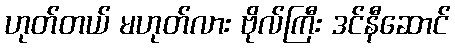
ဟုတ်တယ် မဟုတ်လား ဗိုလ်ကြီး ဒင်နီဆောင်